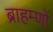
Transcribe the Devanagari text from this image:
ब्राहम्‍णों